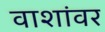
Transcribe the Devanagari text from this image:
वाशांवर